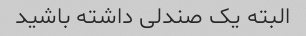
البته یک صندلی داشته باشید